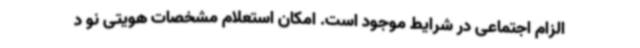
الزام اجتماعی در شرایط موجود است. امکان استعلام مشخصات هویتی نو د